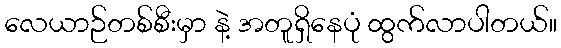
လေယာဉ်တစ်စီးမှာ နဲ့ အတူရှိနေပုံ ထွက်လာပါတယ်။